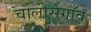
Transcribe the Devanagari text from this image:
चालीसगाँव